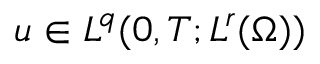
u \in L ^ { q } ( 0 , T ; L ^ { r } ( \Omega ) )